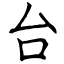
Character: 台